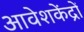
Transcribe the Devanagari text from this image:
आवेशकेंद्रों